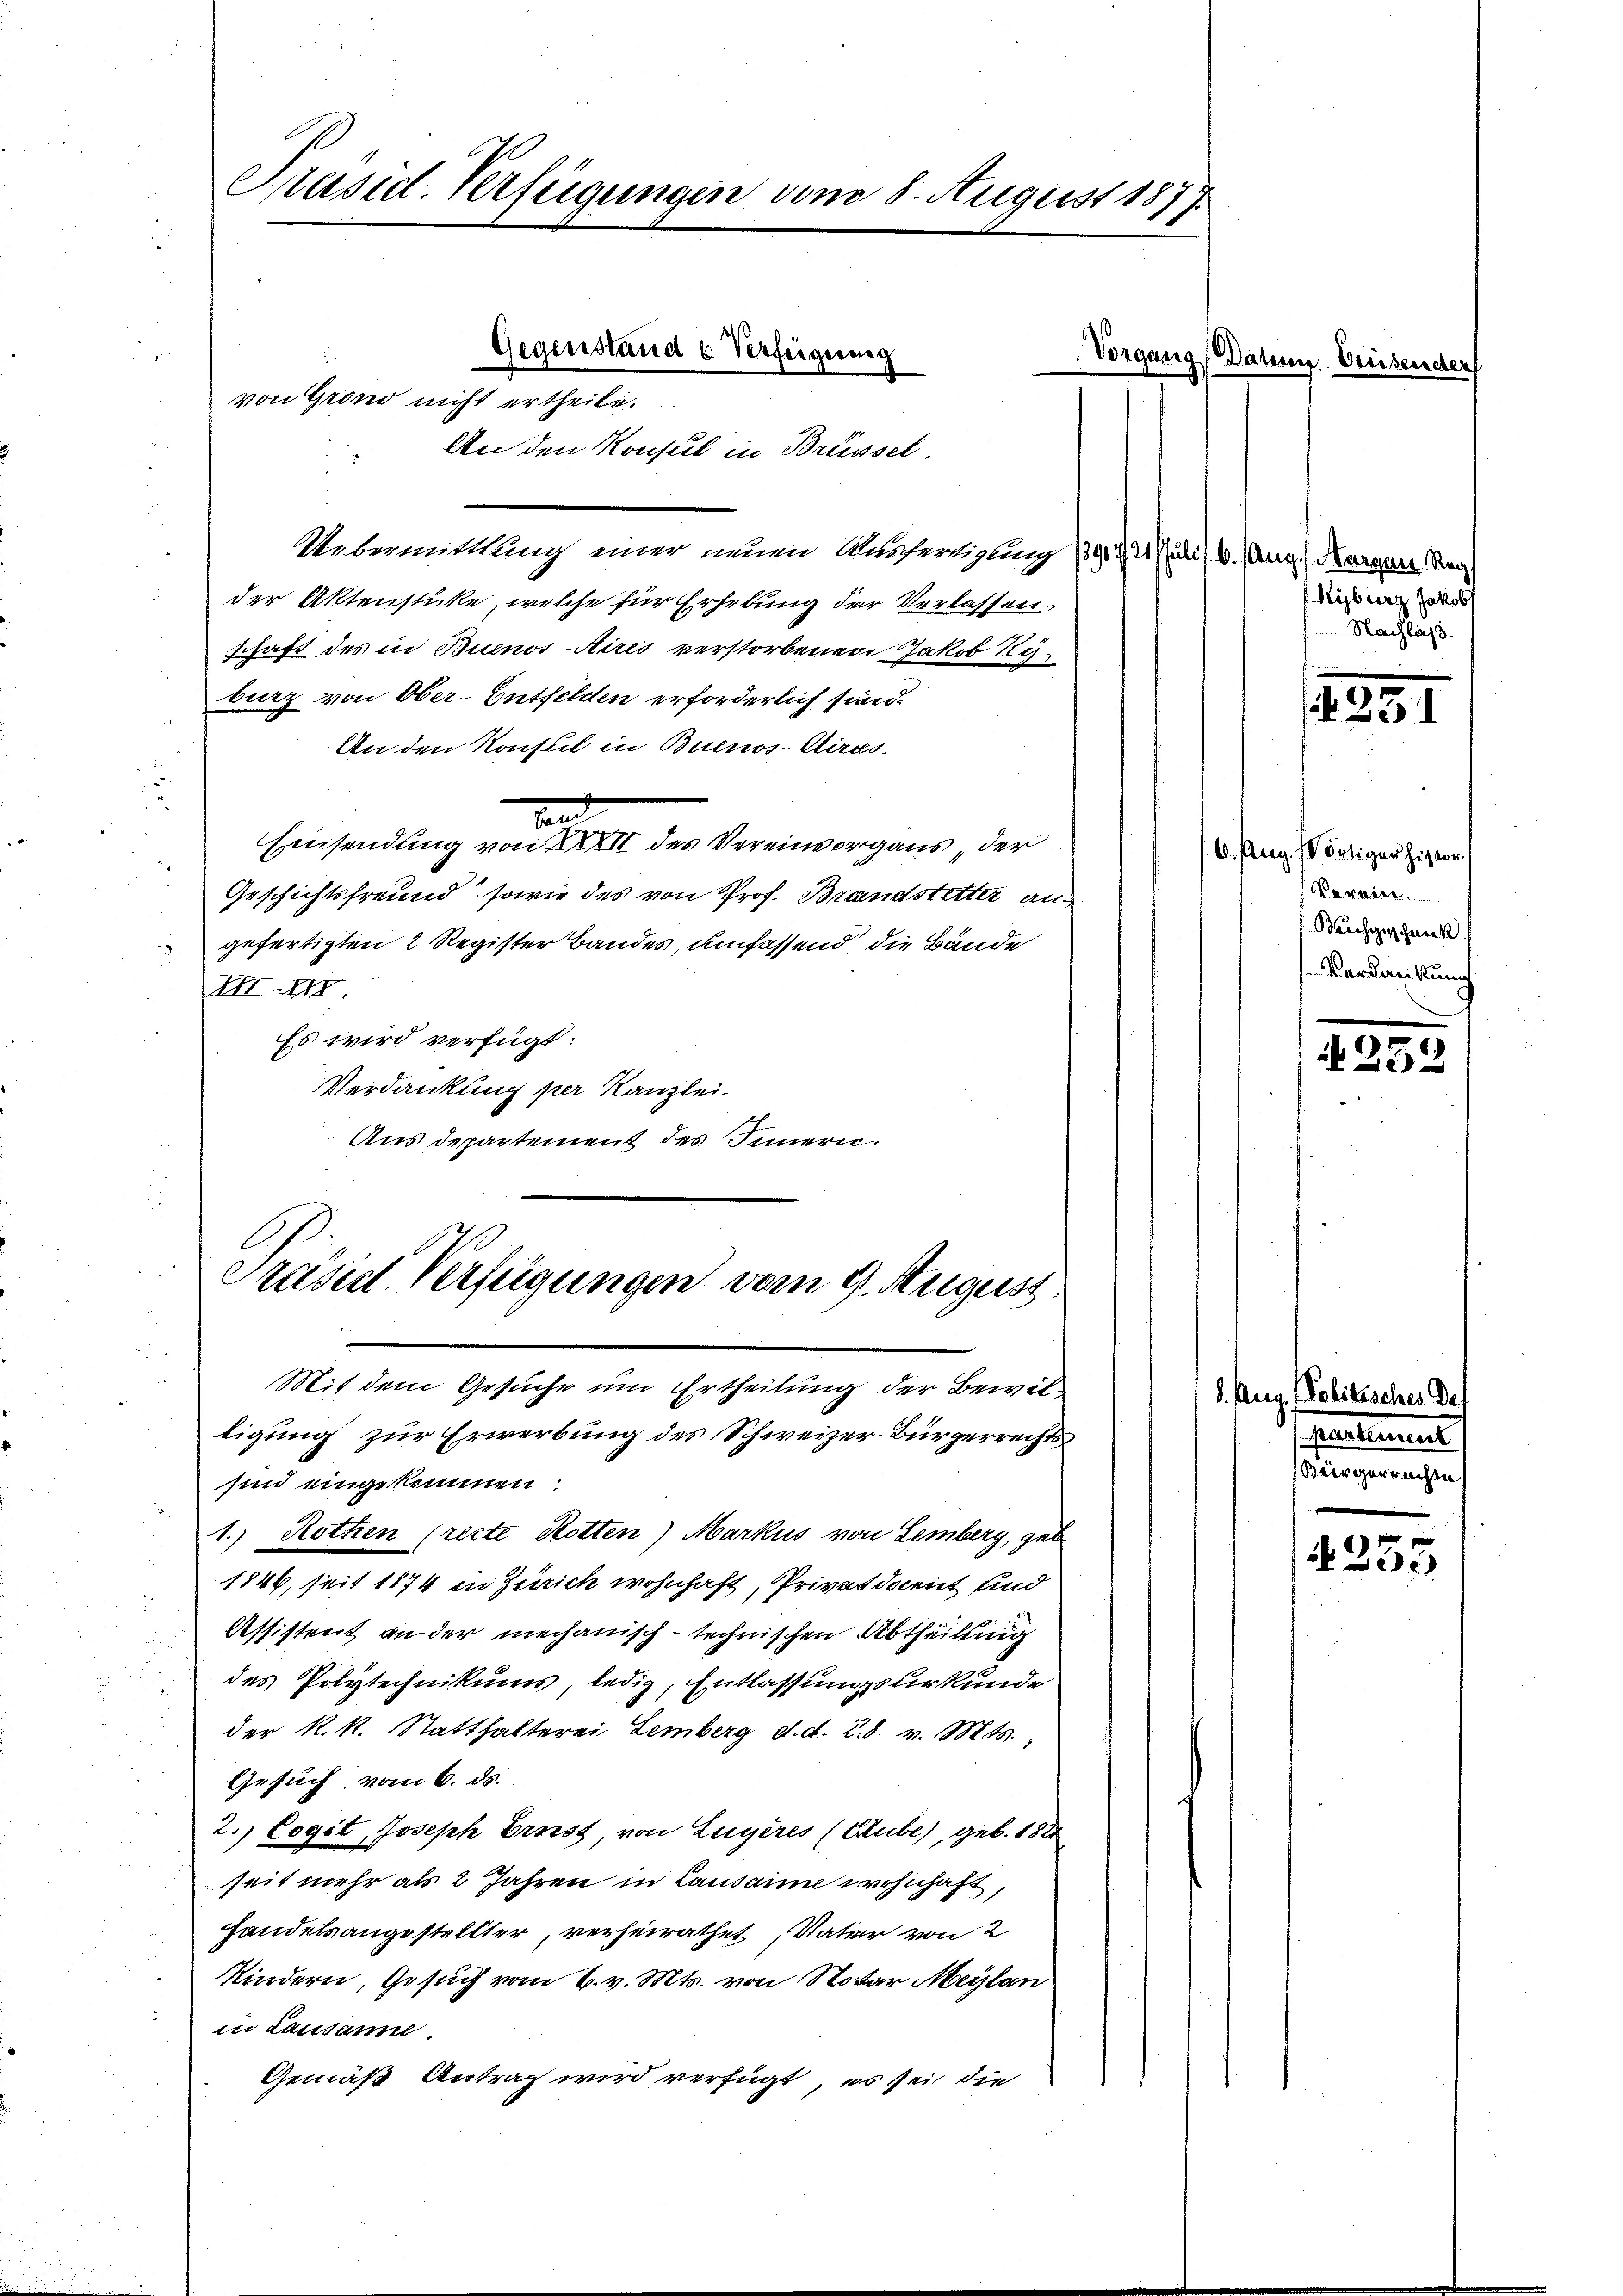
Präsid. Verfügungen vom 8. August 1877.

Gegenstand u Verfeigung
von Grono nicht ertheile.
An den Konsul in Brüssel.

Uebermittlung einer neuen Ausfertigung 139, 1/2 Juli) 6. Aug., Margare Nac
der Aktenstücke, welche für Erhebung der Verlassen.
schaft des in Buenos-Aires verstorbenen Jakob Kyburz von Ober-Entfelden erforderlich sind.
An den Konsul in Buenos-Aires.
tand
Einsendung von XXXII des Vereinvergaus der
Geschichtsfreund, sowie des von Prof. Brandstetter angefertigten 2 Register Bandes, umfassend die Bände
IIIII.
Es wird verfügt:
Verdankung per Kanzlei.
Aus departement des Innern.
Mit dem Gesuche um Ertheilung der Bewilligung zur Erwerbung des Schweizer Bürgerrechts
sind eingekommen:
1.) Rothen (recte Rotten) Markus von Lemberg, geb.
1846, seit 1874 in Zürich wohnhaft, Privatdocent und
Assistent an der mechanisch-technischen Abtheilung
des Polytechnikums, ledig, Entlassungsurkunde
der k.k. Statthalterei Lemberg d. d. 28. v. Mts.,
Gesuch vom 6. ds.
2.) Cogit, Joseph Ernst, von Lugères (Gube), geb. 182
seit mehr als 2 Jahren in Lausamme wohnhaft,
Handelsangestellter, verheirathet, Vater von 2
Kindern, Gesuch vom 6. v. Mts. von Notar Meylan
in Lausanne.
Gemäß Antrag wird verfügt, es sei die

Präsist. Verfügungen vom 9. August

Vorgang Date

teisen

Kiburz. Jakob
Nachlaß.

233/

6. Aug. Wärtiger histor.

Barchschneck
Verdankung

N 252

8. Aug. Politisches G
eartemen
Bürgerrecht

§255